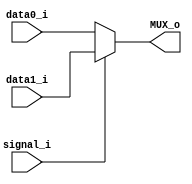
module MUX
(
    data0_i,
    data1_i,
    signal_i,
    MUX_o
);

input [31:0] data0_i, data1_i;
input signal_i;
output [31:0] MUX_o;

assign MUX_o = (signal_i) ? data1_i : data0_i;

endmodule